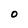
Character: 0